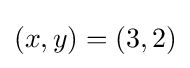
(x,y)=(3,2)